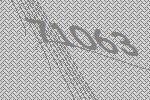
71063